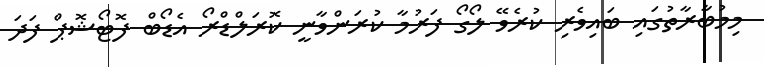
މިމުބާރާތުގައި ބައިވެރި ކުރެވޭ ލޯގޯ ފަރުމާ ކުރަންވާނީ ކޮރަލްޑްރޯ އެޑޯބް ފޮޓޯޝޮޕް ފަދަ